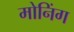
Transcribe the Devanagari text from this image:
मोनिंग